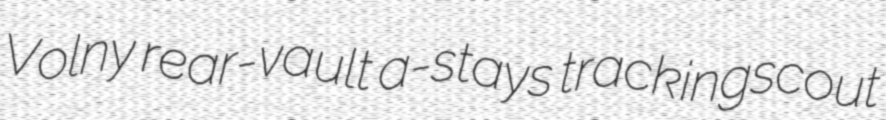
Volny rear-vault a-stays trackingscout